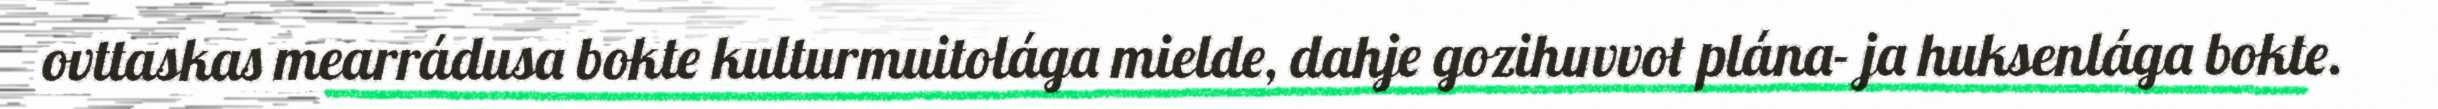
ovttaskas mearrádusa bokte kulturmuitolága mielde, dahje gozihuvvot plána- ja huksenlága bokte.